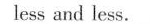
less and less.